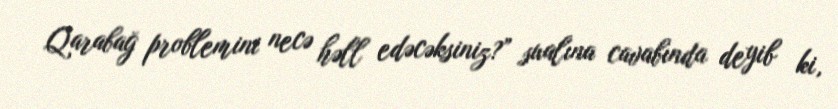
Qarabağ problemini necə həll edəcəksiniz?” sualına cavabında deyib ki,